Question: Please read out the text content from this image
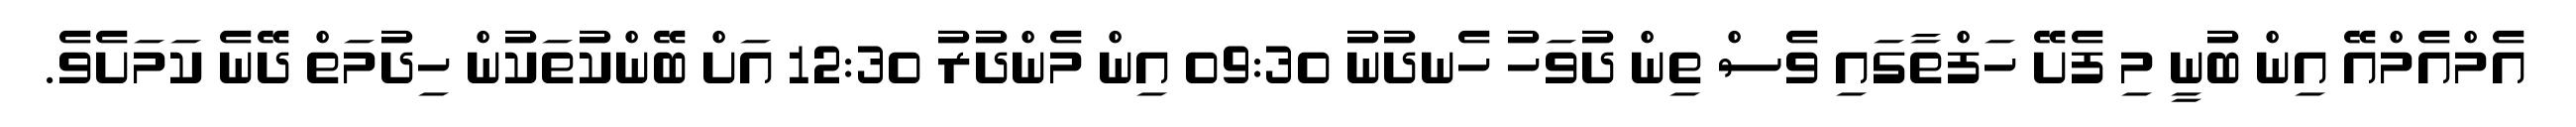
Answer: އެމްއެމްއޭ އިން ބުނީ މި ފެށޭ ހަފްތާގައި ވެސް ތިން ދުވަހު ހެނދުނު 09:30 އިން މެންދުރު 12:30 އަށް ބޭންކުތަކުން ހިދުމަތް ދޭނެ ކަމަށެވެ.